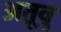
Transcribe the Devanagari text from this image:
अतूवु